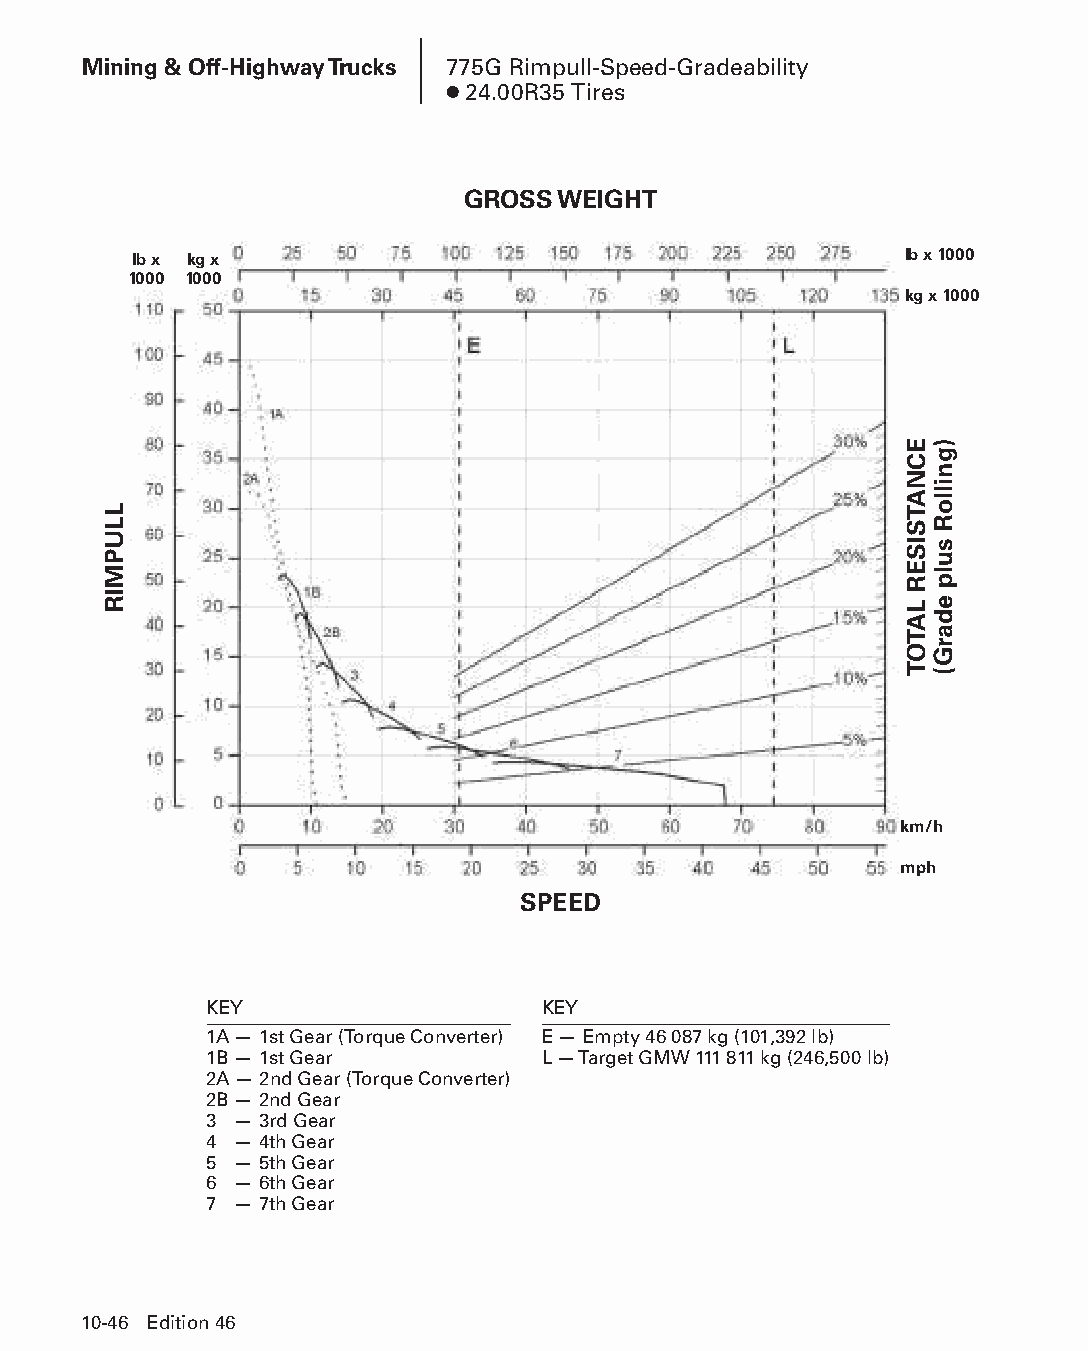
Mining & Off-Highway Trucks 775G Rimpull-Speed-Gradeability
 ● 24.00R35 Tires
 GROSS WEIGHT
 lb x kg x                                          lb x 1000
 1000 1000
 kg x 1000
 km/h
 mph
 SPEED
 KEY                   KEY
 1A — 1st Gear (Torque Converter) E — Empty 46 087 kg (101,392 lb)
 1B — 1st Gear         L — Target GMW 111 811 kg (246,500 lb)
 2A — 2nd Gear (Torque Converter)
 2B — 2nd Gear
 3 — 3rd Gear
 4 — 4th Gear
 5 — 5th Gear
 6 — 6th Gear
 7 — 7th Gear
 10-46 Edition 46
 PPHHBB--SSeecc1100((ppgg0011--5522))..iinndddd 4466            1122//44//1155 1100::4444 AAMM
 LLUPMIR
 ECNATSISER
 LATOT
 )gnilloR
 sulp
 edarG(